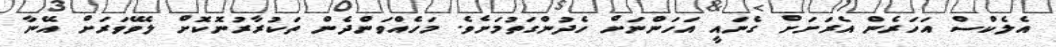
އެލެކްސް އަހަރެން އެރަށަށް ގެނައީ އަހަންނަށް ހެދުންގަތުމަށެވެ. މަހެއްވަންދެން ތަކުރާރުނޮކޮށް ލެވޭވަރަށް އޭނާ